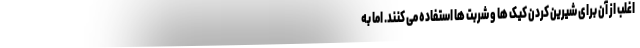
اغلب از آن برای شیرین کردن کیک ها و شربت ها استفاده می کنند. اما به